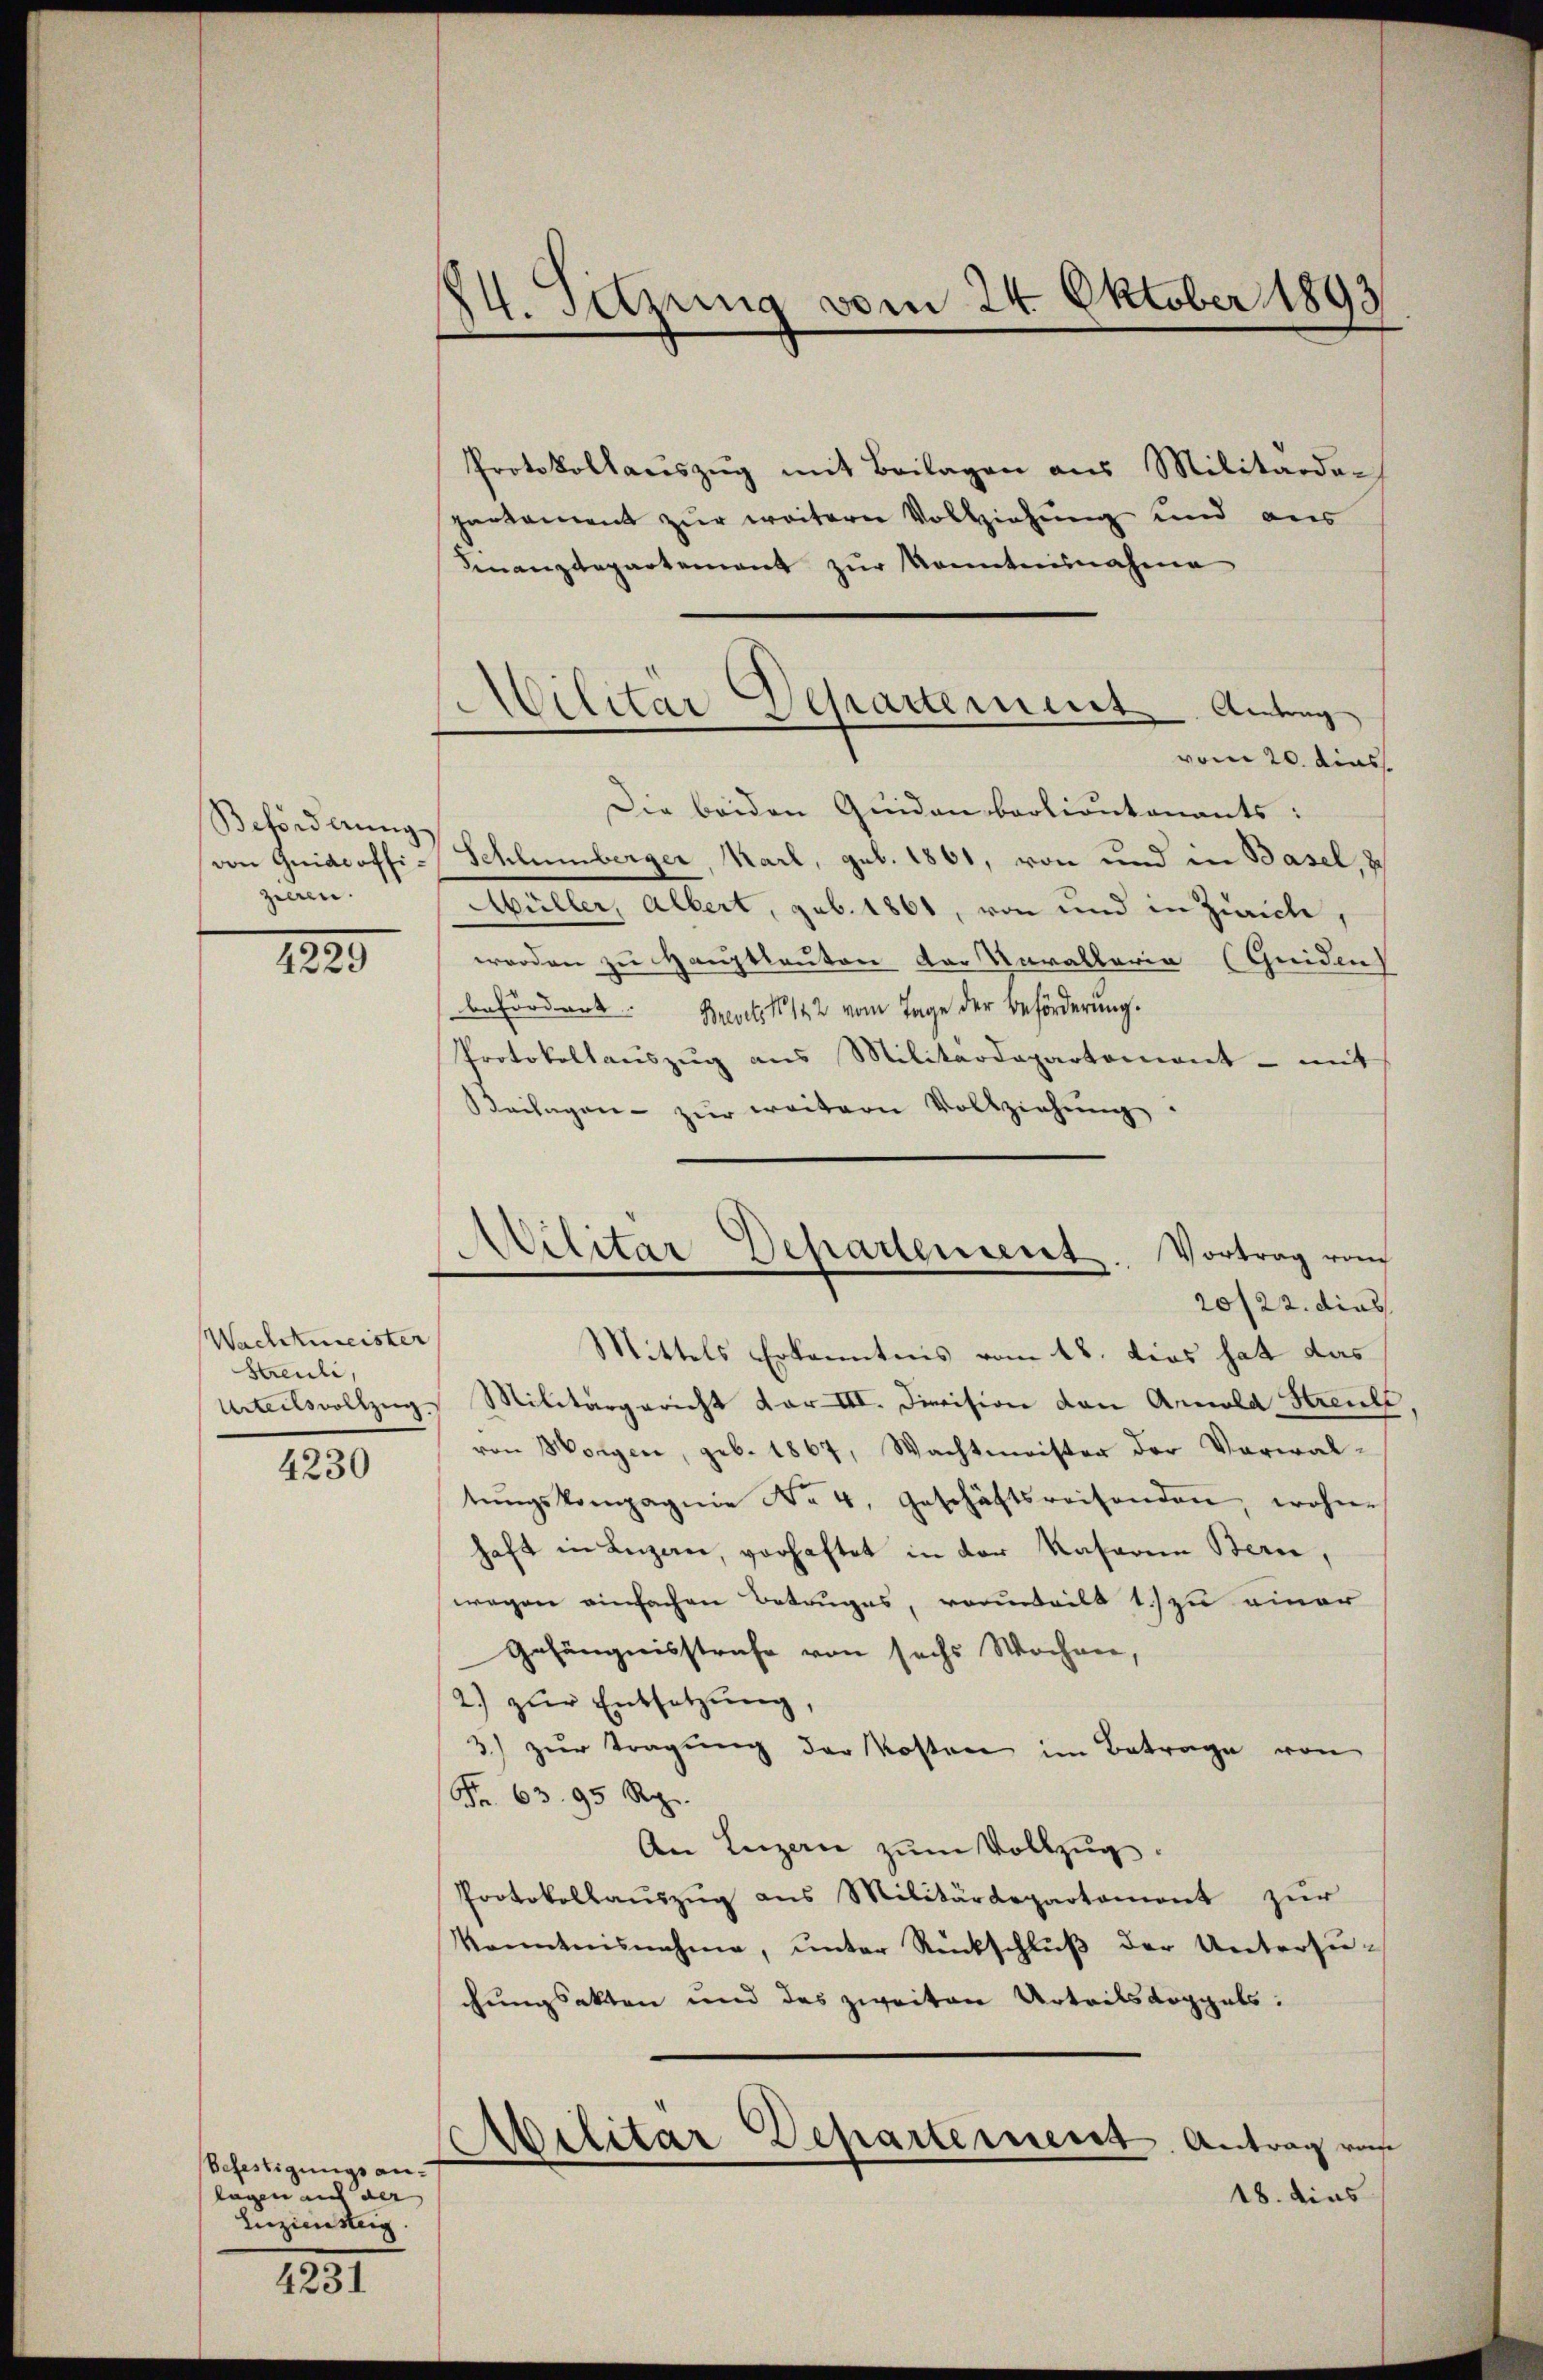
Beförderung
zilen.

1829

Wachtmeister
haeuli,

4230

Befestigungsanlagen auf der |
Inziensteig.

4231

14. Setzung vom 24. Oktober 1893

Protokollauszug mit Beilagen aus Militärder
parkament zur weitern Vollziehung und aus
Finanzdepartement zur konntnisnahme
vom 20. dies
Die beiden Quiden barlieutenants:
von Guidcoffi-Schlumberger, Karl, geb. 1861, von und in Basel,
Müller, Albert, geb. 1861, von und in Zürich,
worden zu Hauptlauten der Varallaria (Geiden
befördert Breits 142 vom Tage der Beförderung.
Protokollauszug aus Militärdepartement - mit
Beilagen zŭr weitern Vollziehŭng.
Mittels Erkenntnis vom 18. dies hat das
Urteilsvollzug. Militärgericht dar III. Division den Arnold Kreute
von Morgen, geb. 1867, Wachtmeister der Verwaltŭngskompagnie No. 4. Geschäftsreisenden, wohne
haft in Luzan, vorhaftet in der Kaseren Bern,
wegen einfachen Betruges, vorurteilt 1.) zu einer
Gefängnisstrafe von sechs Wochen,
2) zur Entsetzung,
3) zŭr Tragŭng der Kosten im Betrage von
Fr. 63. 95 Rp.
An Luzern zum Vollzug.
Protokollauszug aus Militärdepartement zur
Kenntnisnahme, unter Rückschlŭβ der Unterzuchungsakten und des zweiten Urteilskoppels:
Aabilitär Departement. Antrag vom
18. dies

Militär Departement. Antrag

Militär-Departement. Vortrag vom
20/22. dies